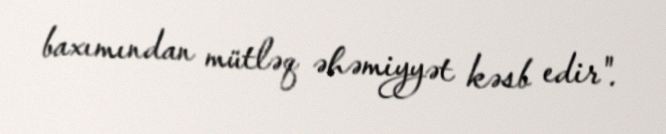
baxımından mütləq əhəmiyyət kəsb edir".